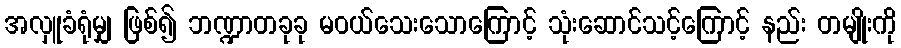
အလှူခံရုံမျှ ဖြစ်၍ ဘဏ္ဍာတခုခု မဝယ်သေးသောကြောင့် သုံးဆောင်သင့်ကြောင့် နည်း တမျိုးကို